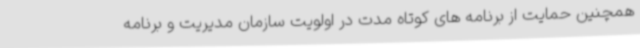
همچنین حمایت از برنامه های کوتاه مدت در اولویت سازمان مدیریت و برنامه